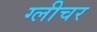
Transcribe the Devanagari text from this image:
ग्लीचर